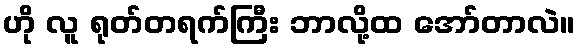
ဟို လူ ရုတ်တရက်ကြီး ဘာလို့ထ အော်တာလဲ။